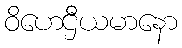
ဝိဟေဌီယမာနော